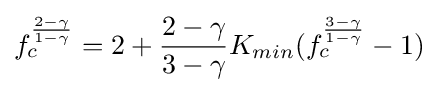
{\begin{aligned}f_{c}^{\frac {2-\gamma }{1-\gamma }}=2+{\frac {2-\gamma }{3-\gamma }}K_{min}(f_{c}^{\frac {3-\gamma }{1-\gamma }}-1)\end{aligned}}